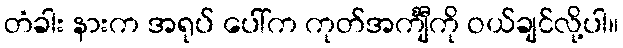
တံခါး နားက အရုပ် ပေါ်က ကုတ်အင်္ကျီကို ဝယ်ချင်လို့ပါ။